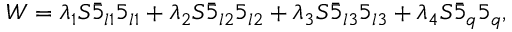
W = \lambda _ { 1 } S \bar { 5 } _ { l 1 } 5 _ { l 1 } + \lambda _ { 2 } S \bar { 5 } _ { l 2 } 5 _ { l 2 } + \lambda _ { 3 } S \bar { 5 } _ { l 3 } 5 _ { l 3 } + \lambda _ { 4 } S \bar { 5 } _ { q } 5 _ { q } ,